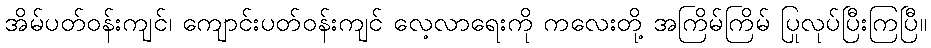
အိမ်ပတ်ဝန်းကျင်၊ ကျောင်းပတ်ဝန်းကျင် လေ့လာရေးကို ကလေးတို့ အကြိမ်ကြိမ် ပြုလုပ်ပြီးကြပြီ။